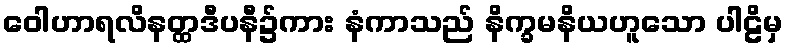
ဝေါဟာရလိနတ္ထဒီပနီ၌ကား နံကာသည် နိက္ခမနိယဟူသော ပါဠိမှ